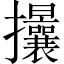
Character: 𢺖